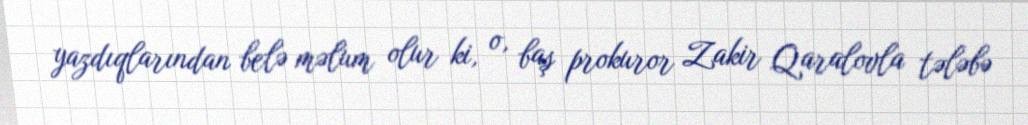
yazdıqlarından belə məlum olur ki, o, baş prokuror Zakir Qaralovla tələbə